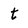
Character: t